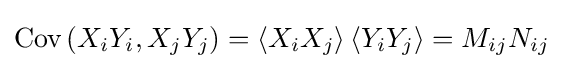
\operatorname {Cov} \left(X_{i}Y_{i},X_{j}Y_{j}\right)=\left\langle X_{i}X_{j}\right\rangle \left\langle Y_{i}Y_{j}\right\rangle =M_{ij}N_{ij}